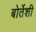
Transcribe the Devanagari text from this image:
बोर्तेशी